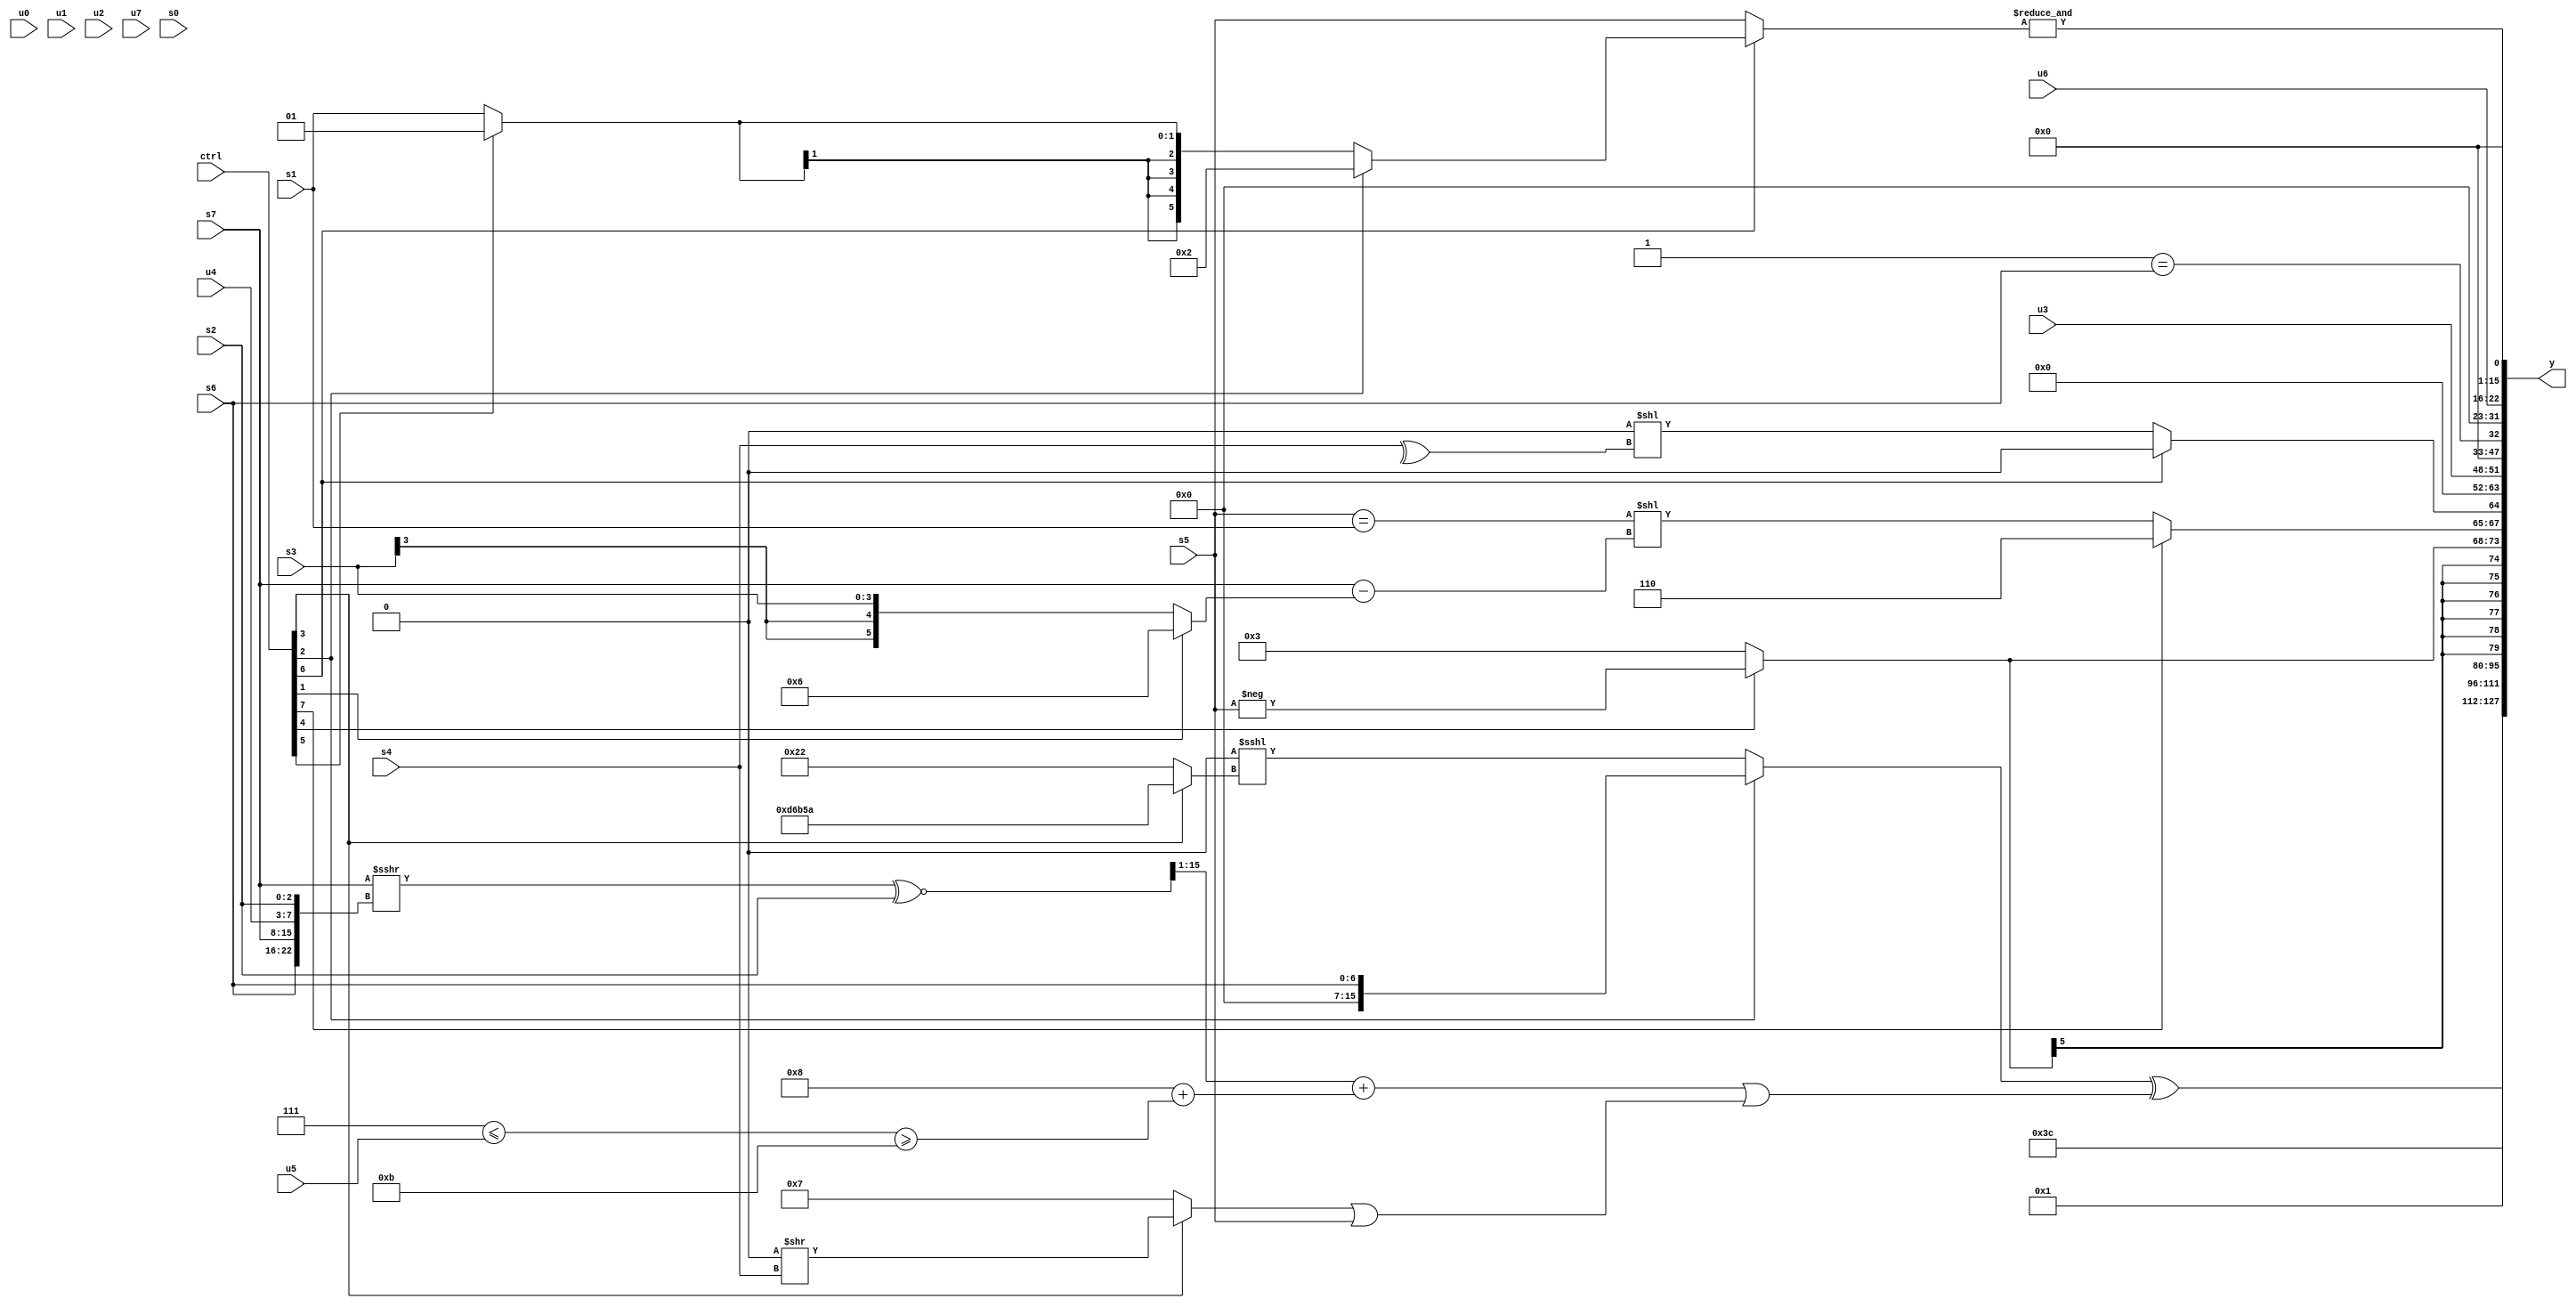
module wideexpr_00177(ctrl, u0, u1, u2, u3, u4, u5, u6, u7, s0, s1, s2, s3, s4, s5, s6, s7, y);
  input [7:0] ctrl;
  input [0:0] u0;
  input [1:0] u1;
  input [2:0] u2;
  input [3:0] u3;
  input [4:0] u4;
  input [5:0] u5;
  input [6:0] u6;
  input [7:0] u7;
  input signed [0:0] s0;
  input signed [1:0] s1;
  input signed [2:0] s2;
  input signed [3:0] s3;
  input signed [4:0] s4;
  input signed [5:0] s5;
  input signed [6:0] s6;
  input signed [7:0] s7;
  output [127:0] y;
  wire [15:0] y0;
  wire [15:0] y1;
  wire [15:0] y2;
  wire [15:0] y3;
  wire [15:0] y4;
  wire [15:0] y5;
  wire [15:0] y6;
  wire [15:0] y7;
  assign y = {y0,y1,y2,y3,y4,y5,y6,y7};
  assign y0 = 6'b111100;
  assign y1 = ((ctrl[2]?s6:(1'sb0)<<<((ctrl[3]?{4{{1{5'sb11010}}}}:{{2{+(4'sb0010)}}}))))^(((((((s7)<<(6'b000000))>>>({s6,s7,u4,s2}))^~($signed(s2)))>>(($signed({3{4'b1110}}))<(5'sb11010)))+((4'sb1000)+(+(((6'sb000111)<=(u5))>=($unsigned(4'sb1011))))))|(((ctrl[3]?(1'sb0)>>(s4):4'sb0111))|(s5)));
  assign y2 = -(3'sb111);
  assign y3 = +($signed({(ctrl[4]?-(s5):-(-(5'sb00011))),(ctrl[7]?3'b110:(($signed(s5))==(+(s1)))<<(($signed(s7))-((ctrl[1]?6'sb000110:s3)))),(ctrl[6]?1'sb0:((~^(s2))<<<(2'sb10))<<(^($signed(s4))))}));
  assign y4 = u3;
  assign y5 = (1'sb1)==(s6);
  assign y6 = u6;
  assign y7 = &({3{(ctrl[6]?(ctrl[2]?3'sb010:(ctrl[5]?2'sb01:s1)):s5)}});
endmodule